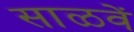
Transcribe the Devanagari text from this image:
साळवें